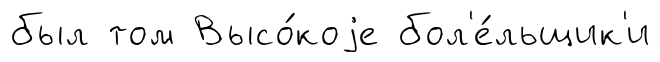
был том Высо́коjе бол'е́льщик'и